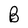
Character: B